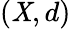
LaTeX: (\mathit{X},d)